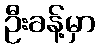
ဦးခန့်မှာ